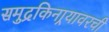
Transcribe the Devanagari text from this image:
समुद्रकिनार्‍यावरची